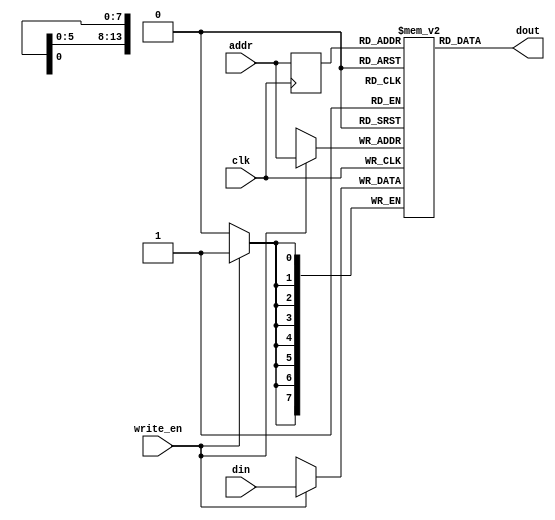
/*
###############################################################################
# Copyright (c) 2019, PulseRain Technology LLC 
#
# This program is distributed under a dual license: an open source license, 
# and a commercial license. 
# 
# The open source license under which this program is distributed is the 
# GNU Public License version 3 (GPLv3).
#
# And for those who want to use this program in ways that are incompatible
# with the GPLv3, PulseRain Technology LLC offers commercial license instead.
# Please contact PulseRain Technology LLC (www.pulserain.com) for more detail.
#
###############################################################################
*/

`default_nettype none

module single_port_ram_8bit #(parameter ADDR_WIDTH = 14) (
            input  wire [ADDR_WIDTH - 1 : 0]         addr,
            input  wire [7 : 0]                      din,
            input  wire                              write_en, 
            input  wire                              clk,
            output wire [7 : 0]         dout
);
    
            reg [ADDR_WIDTH - 1 : 0] addr_reg;
            reg [7:0]   mem [0 : (2**ADDR_WIDTH) - 1] /* synthesis syn_ramstyle="M9K" */ ;

            assign dout = mem[addr_reg];

            always@(posedge clk) begin
                addr_reg <= addr;   
                
                if(write_en) begin
                    mem[addr] <= din;
                end
            end
    
endmodule 



`default_nettype wire